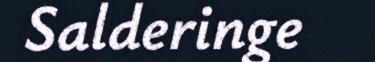
Salderinge